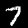
Digit: 7